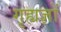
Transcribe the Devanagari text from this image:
गृह्यज्ञों